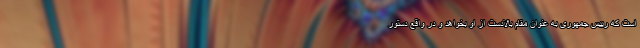
است که رییس جمهوری به عنوان مقام بالادست از او بخواهد و در واقع دستور